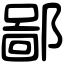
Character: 鄙